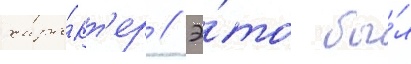
хара́кт'ер // Э́то бы́л